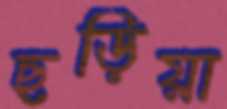
ছড়িয়া